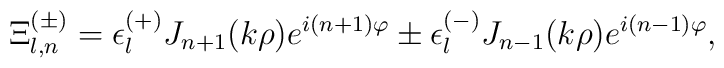
\Xi_{l,n}^{(\pm)} =\epsilon_l^{(+)}J_{n+1}(k\rho)e^{i(n+1)\varphi} \pm \epsilon_l^{(-)}J_{n-1}(k\rho)e^{i(n-1)\varphi},